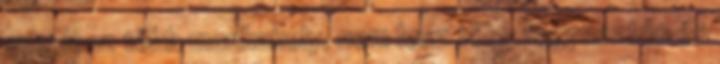
nem lesz több munkahely, nem lesz több fogyasztás és